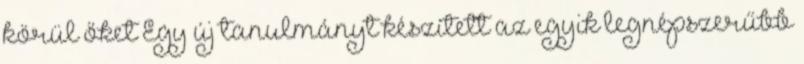
körül őket Egy új tanulmányt készített az egyik legnépszerűbb